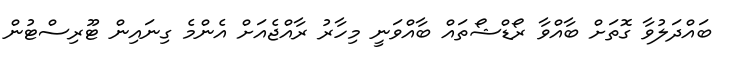
ބައްދަލުވާ ގޮތަށް ބާއްވާ ރޯޑްޝޯތައް ބާއްވަނީ މިހާރު ރާއްޖެއަށް އެންމެ ގިނައިން ޓޫރިސްޓުން